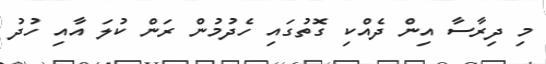
މި ދިރާސާ އިން ދެއްކި ގޮތުގައި ހެދުމުން ރަން ކުލަ އާއި ހުދު